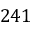
2 4 1